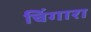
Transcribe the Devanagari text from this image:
चिंगारा